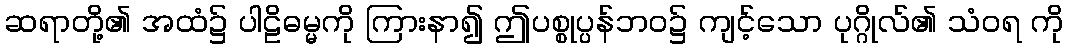
ဆရာတို့၏ အထံ၌ ပါဠိဓမ္မကို ကြားနာ၍ ဤပစ္စုပ္ပန်ဘဝ၌ ကျင့်သော ပုဂ္ဂိုလ်၏ သံဝရ ကို